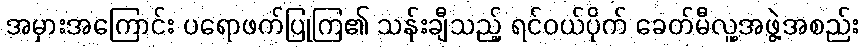
အမှားအကြောင်း ပရောဖက်ပြုကြ၏ သန်းချီသည့် ရင်ဝယ်ပိုက် ခေတ်မီလူ့အဖွဲ့အစည်း